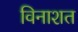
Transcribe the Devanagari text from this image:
विनाशत